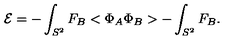
{ \cal E } = - \int _ { S ^ { 2 } } F _ { B } < \Phi _ { A } \Phi _ { B } > - \int _ { S ^ { 2 } } F _ { B } .